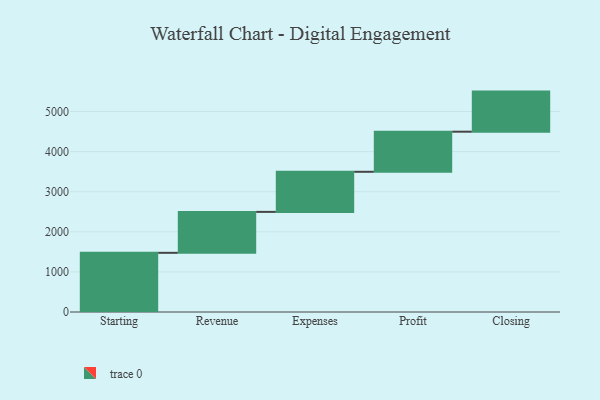
{"axis": {"x": "Step", "y": "Value"}, "legend": [""], "data": [{"x": "Starting", "y": 1476.0, "type": ""}, {"x": "Revenue", "y": 1021.0, "type": ""}, {"x": "Expenses", "y": 1000, "type": ""}, {"x": "Profit", "y": 1000, "type": ""}, {"x": "Closing", "y": 1000, "type": ""}]}